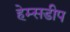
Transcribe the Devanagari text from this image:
हेम्सडीप